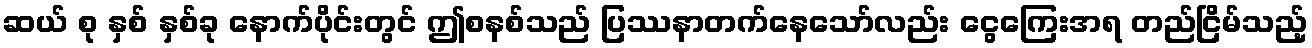
ဆယ် စု နှစ် နှစ်ခု နောက်ပိုင်းတွင် ဤစနစ်သည် ပြဿနာတက်နေသော်လည်း ငွေကြေးအရ တည်ငြိမ်သည့်